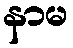
နာမ